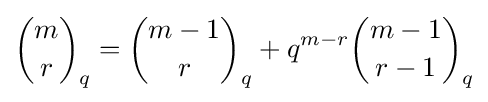
{m \choose r}_{q}={m-1 \choose r}_{q}+q^{m-r}{m-1 \choose r-1}_{q}